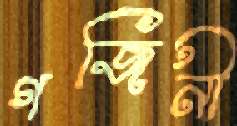
গজিনী